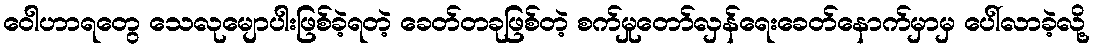
ဝေါဟာရတွေ သေလုမျောပါးဖြစ်ခဲ့ရတဲ့ ခေတ်တခုဖြစ်တဲ့ စက်မှုတော်လှန်ရေးခေတ်နောက်မှာမှ ပေါ်လာခဲ့လို့